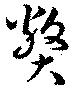
弊